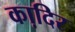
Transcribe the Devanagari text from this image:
का़दिर